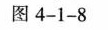
图4-1-8